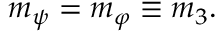
\begin{array} { r } { m _ { \psi } = m _ { \varphi } \equiv m _ { 3 } . } \end{array}